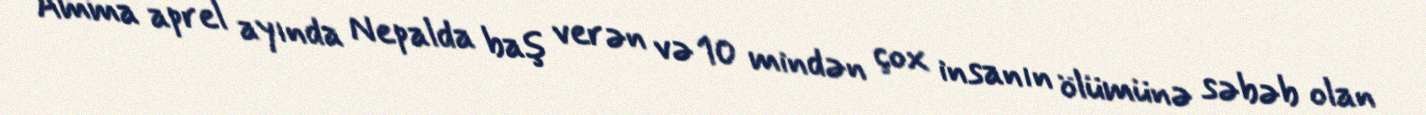
Amma aprel ayında Nepalda baş verən və 10 mindən çox insanın ölümünə səbəb olan